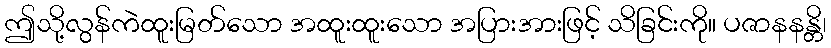
ဤသို့လွန်ကဲထူးမြတ်သော အထူးထူးသော အပြားအားဖြင့် သိခြင်းကို။ ပဇာနနန္တိ၊